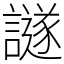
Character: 譢